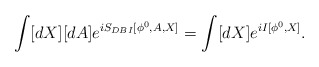
\begin{align*}\int [dX][dA] e^{iS_{DBI}[\phi^0,A,X]}=\int [dX]e^{iI[\phi^0,X]}.\end{align*}